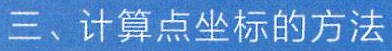
三、计算点坐标的方法